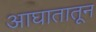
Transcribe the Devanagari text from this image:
आघातातून